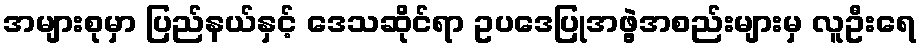
အများစုမှာ ပြည်နယ်နှင့် ဒေသဆိုင်ရာ ဥပဒေပြုအဖွဲ့အစည်းများမှ လူဦးရေ